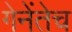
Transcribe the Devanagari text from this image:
गेनेंतेच